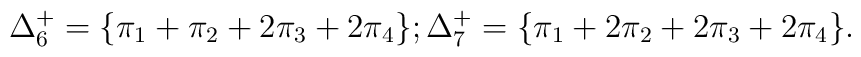
\Delta^+_6=\{ \pi_1+\pi_2+2\pi_3+2\pi_4\};\Delta^+_7=\{ \pi_1+2\pi_2+2\pi_3+2\pi_4\}.